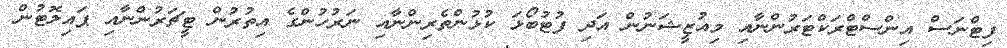
ފިޓްނަސް އިންސްޓްރަކްޓަރުންނާއި މިއުޒީޝަނުން އަދި ފުޓުބޯޅަ ކުޅުންތެރިންނާއި ނަރުހުންގެ އިތުރުން ޓީޗަރުންނާއި ޕައިލޮޓުން